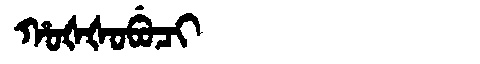
Manchu: ᡥᠣᡧᡧᠣᠪᡠᠴᡳ
Romanization: HOŠŠOBUCI